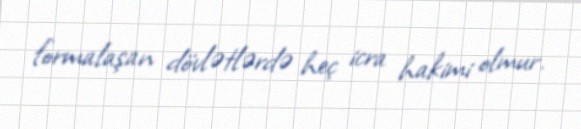
formalaşan dövlətlərdə heç icra hakimi olmur.